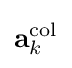
\mathbf {a} _{k}^{\text{col}}